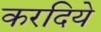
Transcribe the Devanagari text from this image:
करदिये